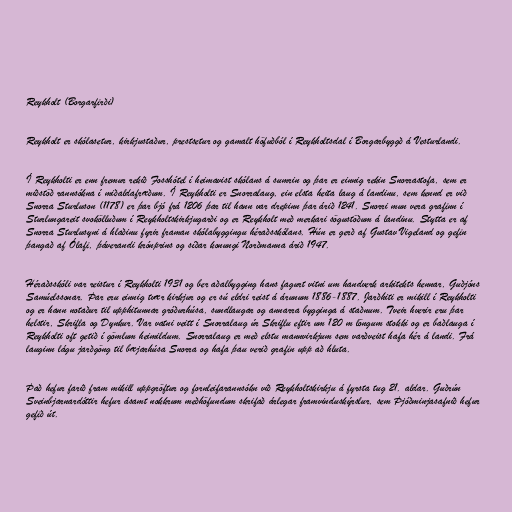
Reykholt (Borgarfirði)

Reykholt er skólasetur, kirkjustaður, prestsetur og gamalt höfuðból í Reykholtsdal í Borgarbyggð á Vesturlandi.

Í Reykholti er enn fremur rekið Fosshótel í heimavist skólans á sumrin og þar er einnig rekin Snorrastofa, sem er
miðstöð rannsókna í miðaldafræðum. Í Reykholti er Snorralaug, ein elsta heita laug á landinu, sem kennd er við
Snorra Sturluson (1178) er þar bjó frá 1206 þar til hann var drepinn þar árið 1241. Snorri mun vera grafinn í
Sturlungareit svokölluðum í Reykholtskirkjugarði og er Reykholt með merkari sögustöðum á landinu. Stytta er af
Snorra Sturlusyni á hlaðinu fyrir framan skólabyggingu héraðsskólans. Hún er gerð af Gustav Vigeland og gefin
þangað af Ólafi, þáverandi krónprins og síðar konungi Norðmanna árið 1947.

Héraðsskóli var reistur í Reykholti 1931 og ber aðalbygging hans fagurt vitni um handverk arkitekts hennar, Guðjóns
Samúelssonar. Þar eru einnig tvær kirkjur og er sú eldri reist á árunum 1886-1887. Jarðhiti er mikill í Reykholti
og er hann notaður til upphitunnar gróðurhúsa, sundlaugar og annarra bygginga á staðnum. Tveir hverir eru þar
helstir, Skrifla og Dynkur. Var vatni veitt í Snorralaug úr Skriflu eftir um 120 m löngum stokki og er baðlauga í
Reykholti oft getið í gömlum heimildum. Snorralaug er með elstu mannvirkjum sem varðveist hafa hér á landi. Frá
lauginn lágu jarðgöng til bæjarhúsa Snorra og hafa þau verið grafin upp að hluta.

Það hefur farið fram mikill uppgröftur og fornleifarannsókn við Reykholtskirkju á fyrsta tug 21. aldar. Guðrún
Sveinbjarnardóttir hefur ásamt nokkrum meðhöfundum skrifað árlegar framvinduskýrslur, sem Þjóðminjasafnið hefur
gefið út.